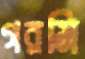
গরমি